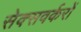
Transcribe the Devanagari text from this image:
सेक्सवर्करों